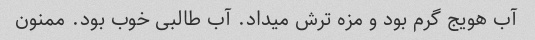
آب هویج گرم بود و مزه ترش میداد. آب طالبی خوب بود. ممنون